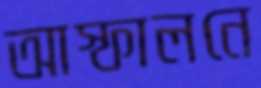
আস্ফালনে